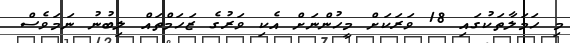
މި ހަމަލާތަކުގައި 18 ވަރަކަށް މީހުންނަށް އެކި ވަރުގެ ޒަހަމްތައް ލިބުނު ނަމަވެސް